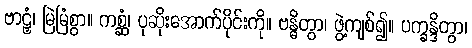
ဗာဠှံ၊ မြဲမြံစွာ။ ကစ္ဆံ၊ ပုဆိုးအောက်ပိုင်းကို။ ဗန္ဓိတွာ၊ ဖွဲ့ကျစ်၍။ ပက္ခန္ဒိတွာ၊